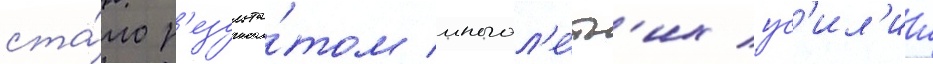
ста́ло р'езульта́том многол'е́тн'их ус'ил'ии